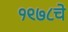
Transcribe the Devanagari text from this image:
१९७८चे